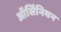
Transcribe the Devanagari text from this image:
ऑर्सिनियन